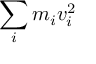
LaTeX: \sum _ { i } m _ { i } v _ { i } ^ { 2 }